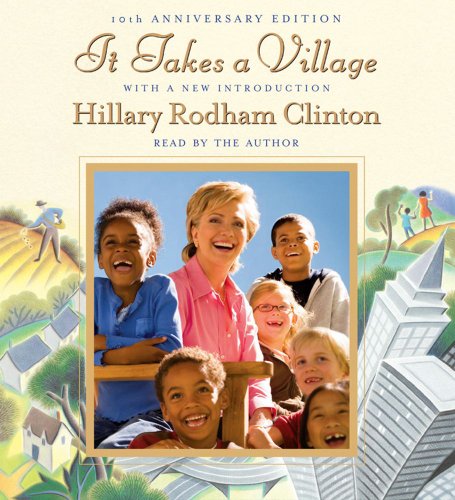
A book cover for It Takes a Village; Hillary Rodham Clinton; Politics & Social Sciences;